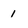
Character: 1